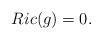
LaTeX: \begin{align*}Ric(g)=0.\end{align*}